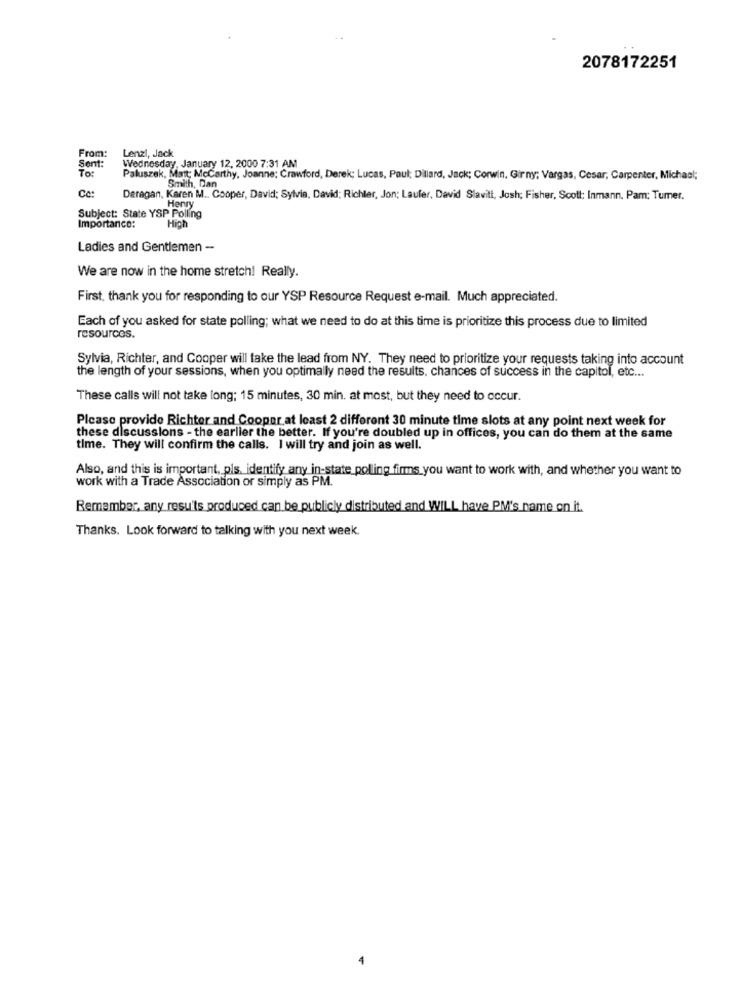
2078172251
From:
Lenzi, Jack
Sent:
To:
Wednesday, January 12, 2000 7:31 AM
Paluszek, Matt; Mccarthy, Joanne: Crawford, Derek; Lucas, Paul; Dillard, Jack; Corwin, Gir ny; Vargas, Cesar, Carpenter, Michael;
Smith, Dan
Deragan, Karen M .. Cooper, David; Sylvia, David; Richter, Jon; Laufer, David Slavitt, Josh; Fisher, Scoll: Inmann, Pam; Tumer.
Henry
Subject: State YSP Polling
Importance:
Hich
Ladies and Gentlemen -
We are now in the home stretch! Really.
First, thank you for responding to our YSP Resource Request e-mail. Much appreciated.
Each of you asked for state polling; what we need to do at this time is prioritize this process due to limited
resources.
Sylvia, Richter, and Cooper will take the lead from NY. They need to prioritize your requests taking into account
the length of your sessions, when you optimally need the results. chances of success in the capitol, etc ...
These calls will not take long; 15 minutes, 30 min. at most, but they need to occur.
Please provide Richter and Cooper at least 2 different 30 minute time slots at any point next week for
these discussions - the earlier the better. If you're doubled up in offices, you can do them at the same
time. They will confirm the calls. I will try and join as well.
Also, and this is important, pls. identify any in-state polling firms you want to work with, and whether you want to
work with a Trade Association or simply as PM.
Remember, any resu'ts produced can be publicly distributed and WILL have PM's name on it.
Thanks. Look forward to talking with you next week.